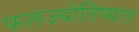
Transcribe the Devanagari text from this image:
फलज्योतिष्यात